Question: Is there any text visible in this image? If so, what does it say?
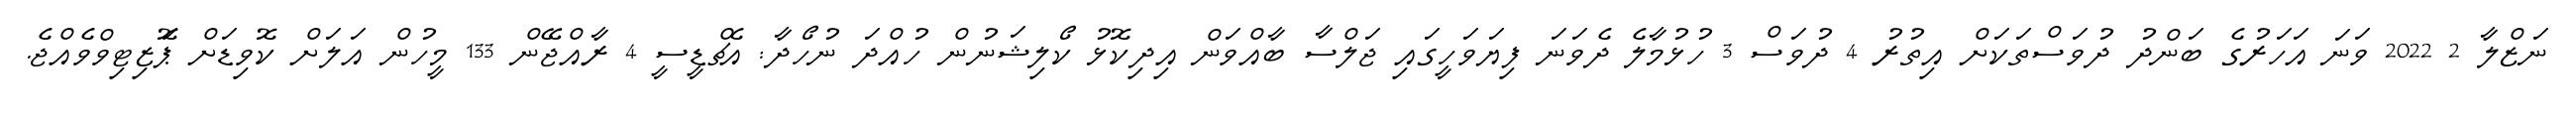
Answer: ނަޒްލާ 2 2022 ވަނަ އަހަރުގެ ބަންދު ދުވަސްތަކަށް އިތުރު 4 ދުވަސް 3 ހުޅުމާލެ ދެވަނަ ފިޔަވަހީގައި ޖަލްސާ ބާއްވަން އިދިކޮޅު ކޯލިޝަނުން ހުއްދަ ނުހޯދާ: އެޗްޑީސީ 4 ރާއްޖޭން 133 މީހުން އަލަށް ކޮވިޑަށް ޕަޮޒިޓިވްވެއްޖެ.